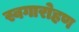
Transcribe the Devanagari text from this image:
स्वगारोहण